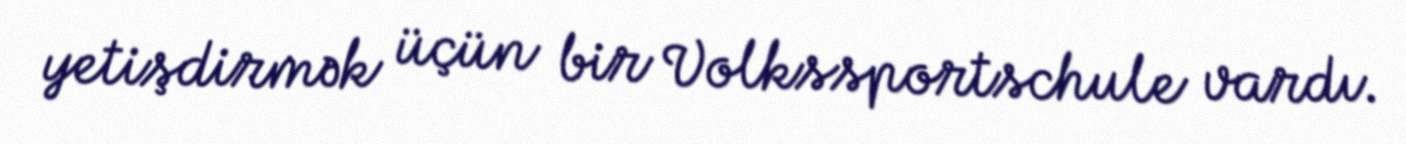
yetişdirmək üçün bir Volkssportschule vardı.